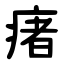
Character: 瘏